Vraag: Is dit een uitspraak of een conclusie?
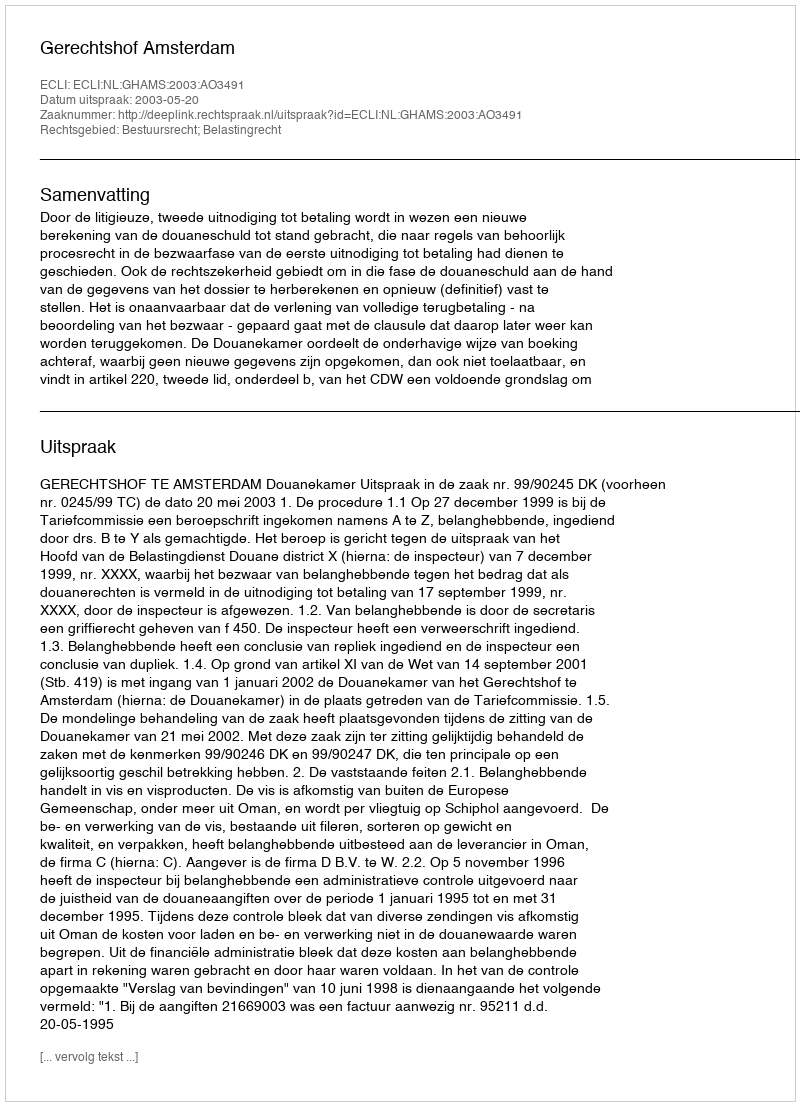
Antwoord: Uitspraak